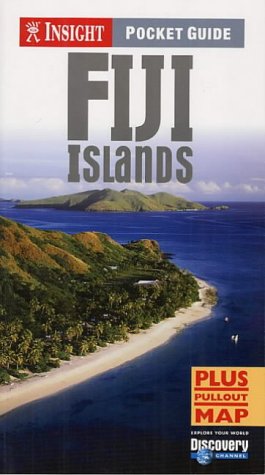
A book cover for Fiji Insight Pocket Guide; *             ; Travel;